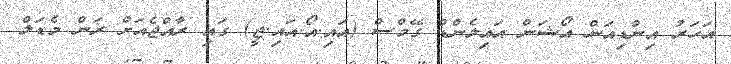
އަހަރު އިންޑިއަން އޯޝަން އައިލެންޑް ގޭމްސް (އައި.އޯ.އައި.ޖީ) ގައި ރާއްޖެއަށް ރަން މެޑަލް